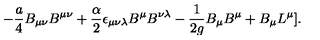
- { \frac { a } { 4 } } B _ { \mu \nu } B ^ { \mu \nu } + { \frac { \alpha } { 2 } } \epsilon _ { \mu \nu \lambda } B ^ { \mu } B ^ { \nu \lambda } - { \frac { 1 } { 2 g } } B _ { \mu } B ^ { \mu } + B _ { \mu } L ^ { \mu } ] .